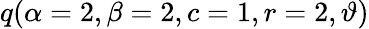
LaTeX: \displaystyle q(\alpha=2,\beta=2,c=1,r=2,\vartheta)